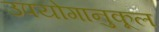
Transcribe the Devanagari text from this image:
उपयोगानुकूल